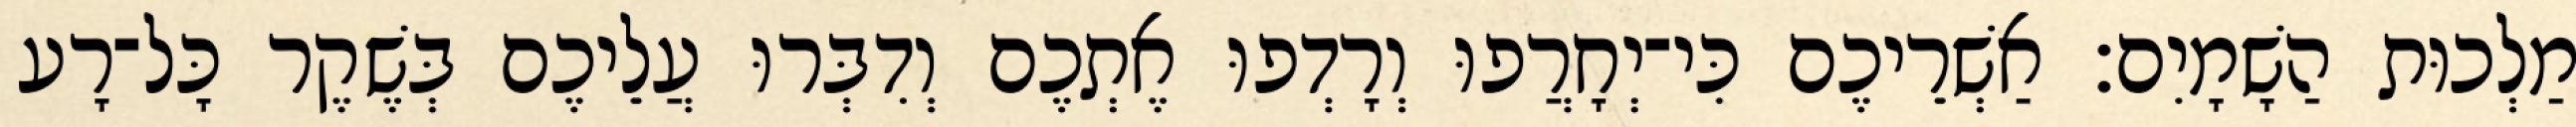
מַלְכוּת הַשָׁמָיִם׃ אַשְׁרֵיכֶם כִּי־יְחָרֲפוּ וְרָדְפוּ אֶתְכֶם וְדִבְּרוּ עֲלֵיכֶם בְּשֶׁקֶר כָּל־רָע